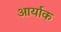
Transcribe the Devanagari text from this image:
आर्याक